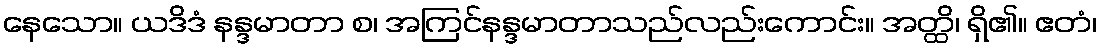
နေသော။ ယဒိဒံ နန္ဒမာတာ စ၊ အကြင်နန္ဒမာတာသည်လည်းကောင်း။ အတ္ထိ၊ ရှိ၏။ ဧတံ၊